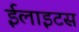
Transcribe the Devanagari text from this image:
ईलाइटस